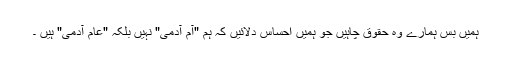
ہمیں بس ہمارے وہ حقوق چاہیں جو ہمیں احساس دلائیں کہ ہم "آم آدمی" نہیں بلکہ "عام آدمی" ہیں ۔